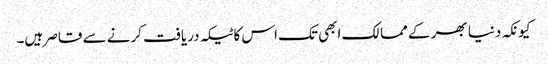
کیونکہ دنیا بھر کے ممالک ابھی تک اس کا ٹیکہ دریافت کرنے سے قاصر ہیں۔